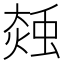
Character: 𧌝